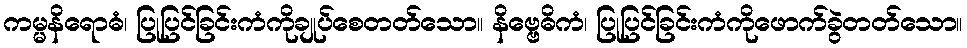
ကမ္မနိရောဓံ၊ ပြုပြင်ခြင်းကံကိုချုပ်စေတတ်သော။ နိဗ္ဗေဓိကံ၊ ပြုပြင်ခြင်းကံကိုဖောက်ခွဲတတ်သော။